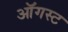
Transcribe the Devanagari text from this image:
ऑॅगस्ट